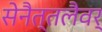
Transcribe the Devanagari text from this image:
सेनैत्तलैवर्